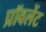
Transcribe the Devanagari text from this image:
प्रॉवलेंट